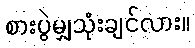
စားပွဲမျှသုံးချင်လား။